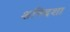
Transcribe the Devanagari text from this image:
शनिदशा